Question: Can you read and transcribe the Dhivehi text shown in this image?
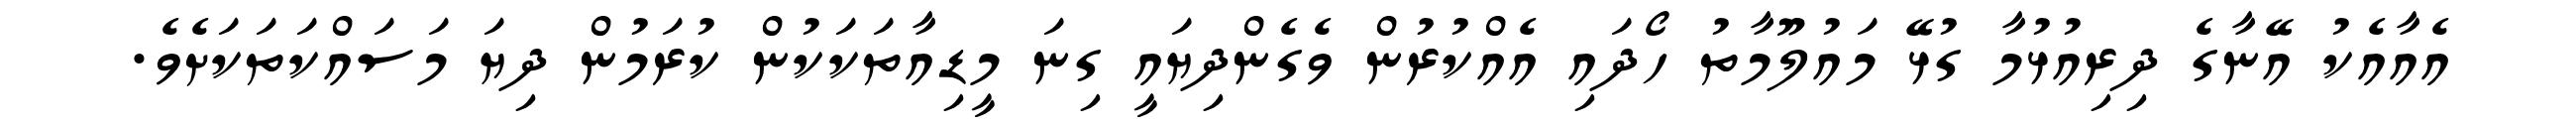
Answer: އެއާއެކު އޭނާގެ ދިރިއުޅުމާ ގުޅޭ މައުލޫމާތު ހޯދައި އެއްކުރުން ވެގެންދިޔައީ ގިނަ މީޑިއާތަކަކުން ކުރަމުން ދިޔަ މަސައްކަތަކަށެވެ.